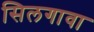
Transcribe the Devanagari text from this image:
सिलगावा